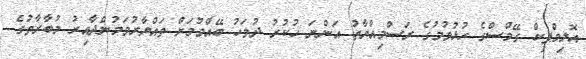
އޮލިމްޕިކް ގޭމްސްގެ ހުޅުވުމުގެ ރަސްމިއްޔާތު އަންނަ ހުކުރު ދުވަހު ބޭއްވުމަށް ތައްޔާރުވަމުންދާއިރު މުބާރާތުގެ